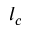
l _ { c }